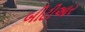
બીટીઆર